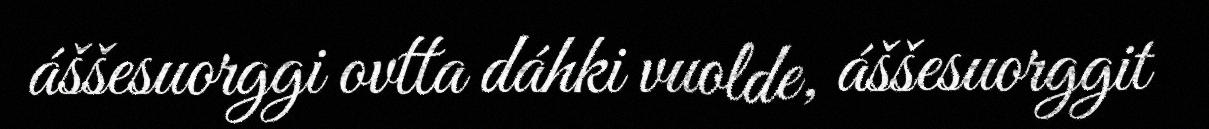
áššesuorggi ovtta dáhki vuolde, áššesuorggit